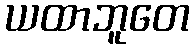
ယထာဘူတေ